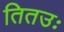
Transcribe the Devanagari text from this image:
तितउः